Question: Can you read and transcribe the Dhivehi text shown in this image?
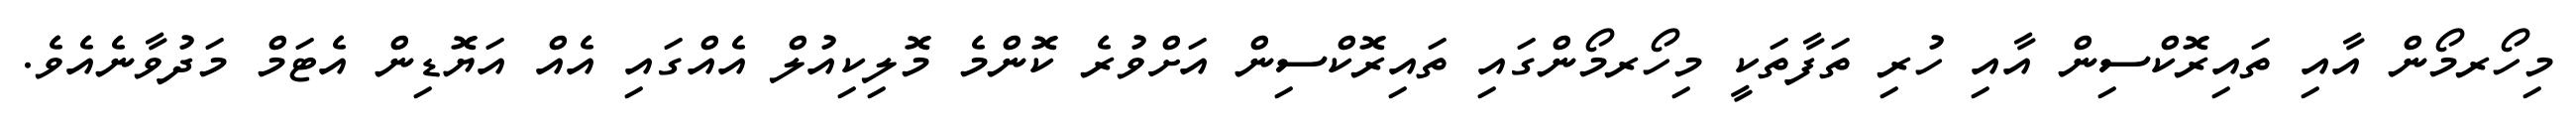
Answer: މިހޯރމޯން އާއި ތައިރޮކްސިން އާއި ހުރި ތަފާތަކީ މިހޯރމޯންގައި ތައިރޮކްސިން އަށްވުރެ ކޮންމެ މޮލިކިއުލް އެއްގައި އެއް އަޔޮޑިން އެޓަމް މަދުވާނެއެވެ.